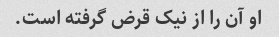
او آن را از نیک قرض گرفته است.